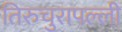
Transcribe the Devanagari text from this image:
तिरुचुरापल्ली